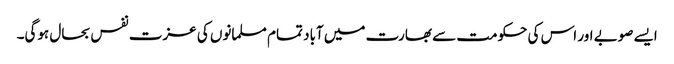
ایسے صوبے اور اس کی حکومت سے بھارت میں آباد تمام مسلمانوں کی عزت نفس بحال ہوگی۔